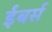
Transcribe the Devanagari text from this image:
ईबर्स